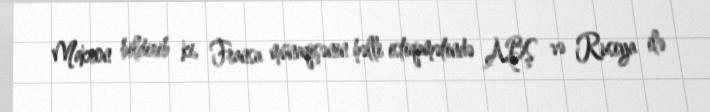
Makron bildirib ki, Fransa münaqişənin həlli istiqamətində ABŞ və Rusiya ilə